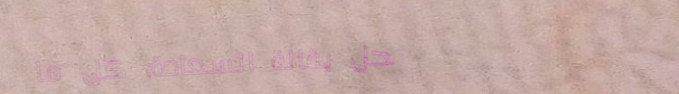
محل بقالة السعادة: كل ما